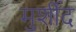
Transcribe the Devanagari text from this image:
मुर्शीद